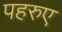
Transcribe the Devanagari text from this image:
पहरुए